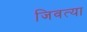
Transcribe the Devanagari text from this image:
जिवत्या